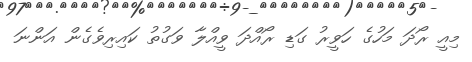
މިއީ ރޯދަ މަހުގެ ހަވީރު ގަޑި ރޯއްދަ ވީއްލާ ވަގުތު ކައިރިވެގެން އަންނަ